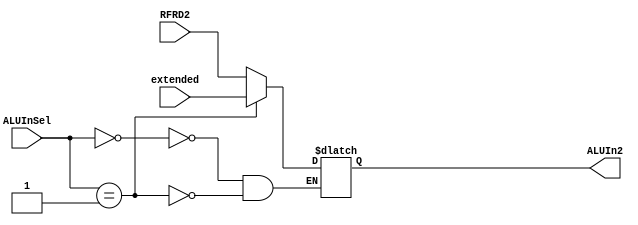

module Mux1(RFRD2, ALUInSel, extended,ALUIn2);
/*
Mux1 M1(.RFRD2(RFRD2),.ALUInSel(ALUInSel),.extended(extended),.B(B));
*/
input [1:0] ALUInSel;
input [31:0] RFRD2, extended;
output reg [31:0] ALUIn2;
always @(ALUInSel,RFRD2,extended)
begin
 case(ALUInSel)
 0: ALUIn2 <= RFRD2;
 1: ALUIn2 <= extended;
 endcase
end
endmodule